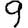
Digit: 9